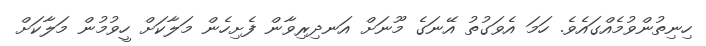
ހިނިތުންވުމެއްގައެވެ. ހަމަ އެވަގުތު އޭނަގެ މޫނަށް އަނދިރިވާން ފެށިހެން މަލާކަށް ހީވުމުން މަލާކަށް